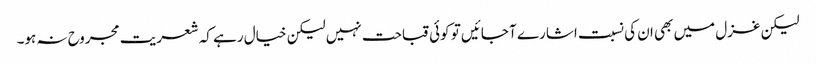
لیکن غزل میں بھی ان کی نسبت اشارے آ جائیں تو کوئی قباحت نہیں لیکن خیال رہے کہ شعریت مجروح نہ ہو۔